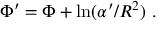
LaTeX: \Phi ^ { \prime } = \Phi + \mathrm { l n } ( \alpha ^ { \prime } / R ^ { 2 } ) \ .